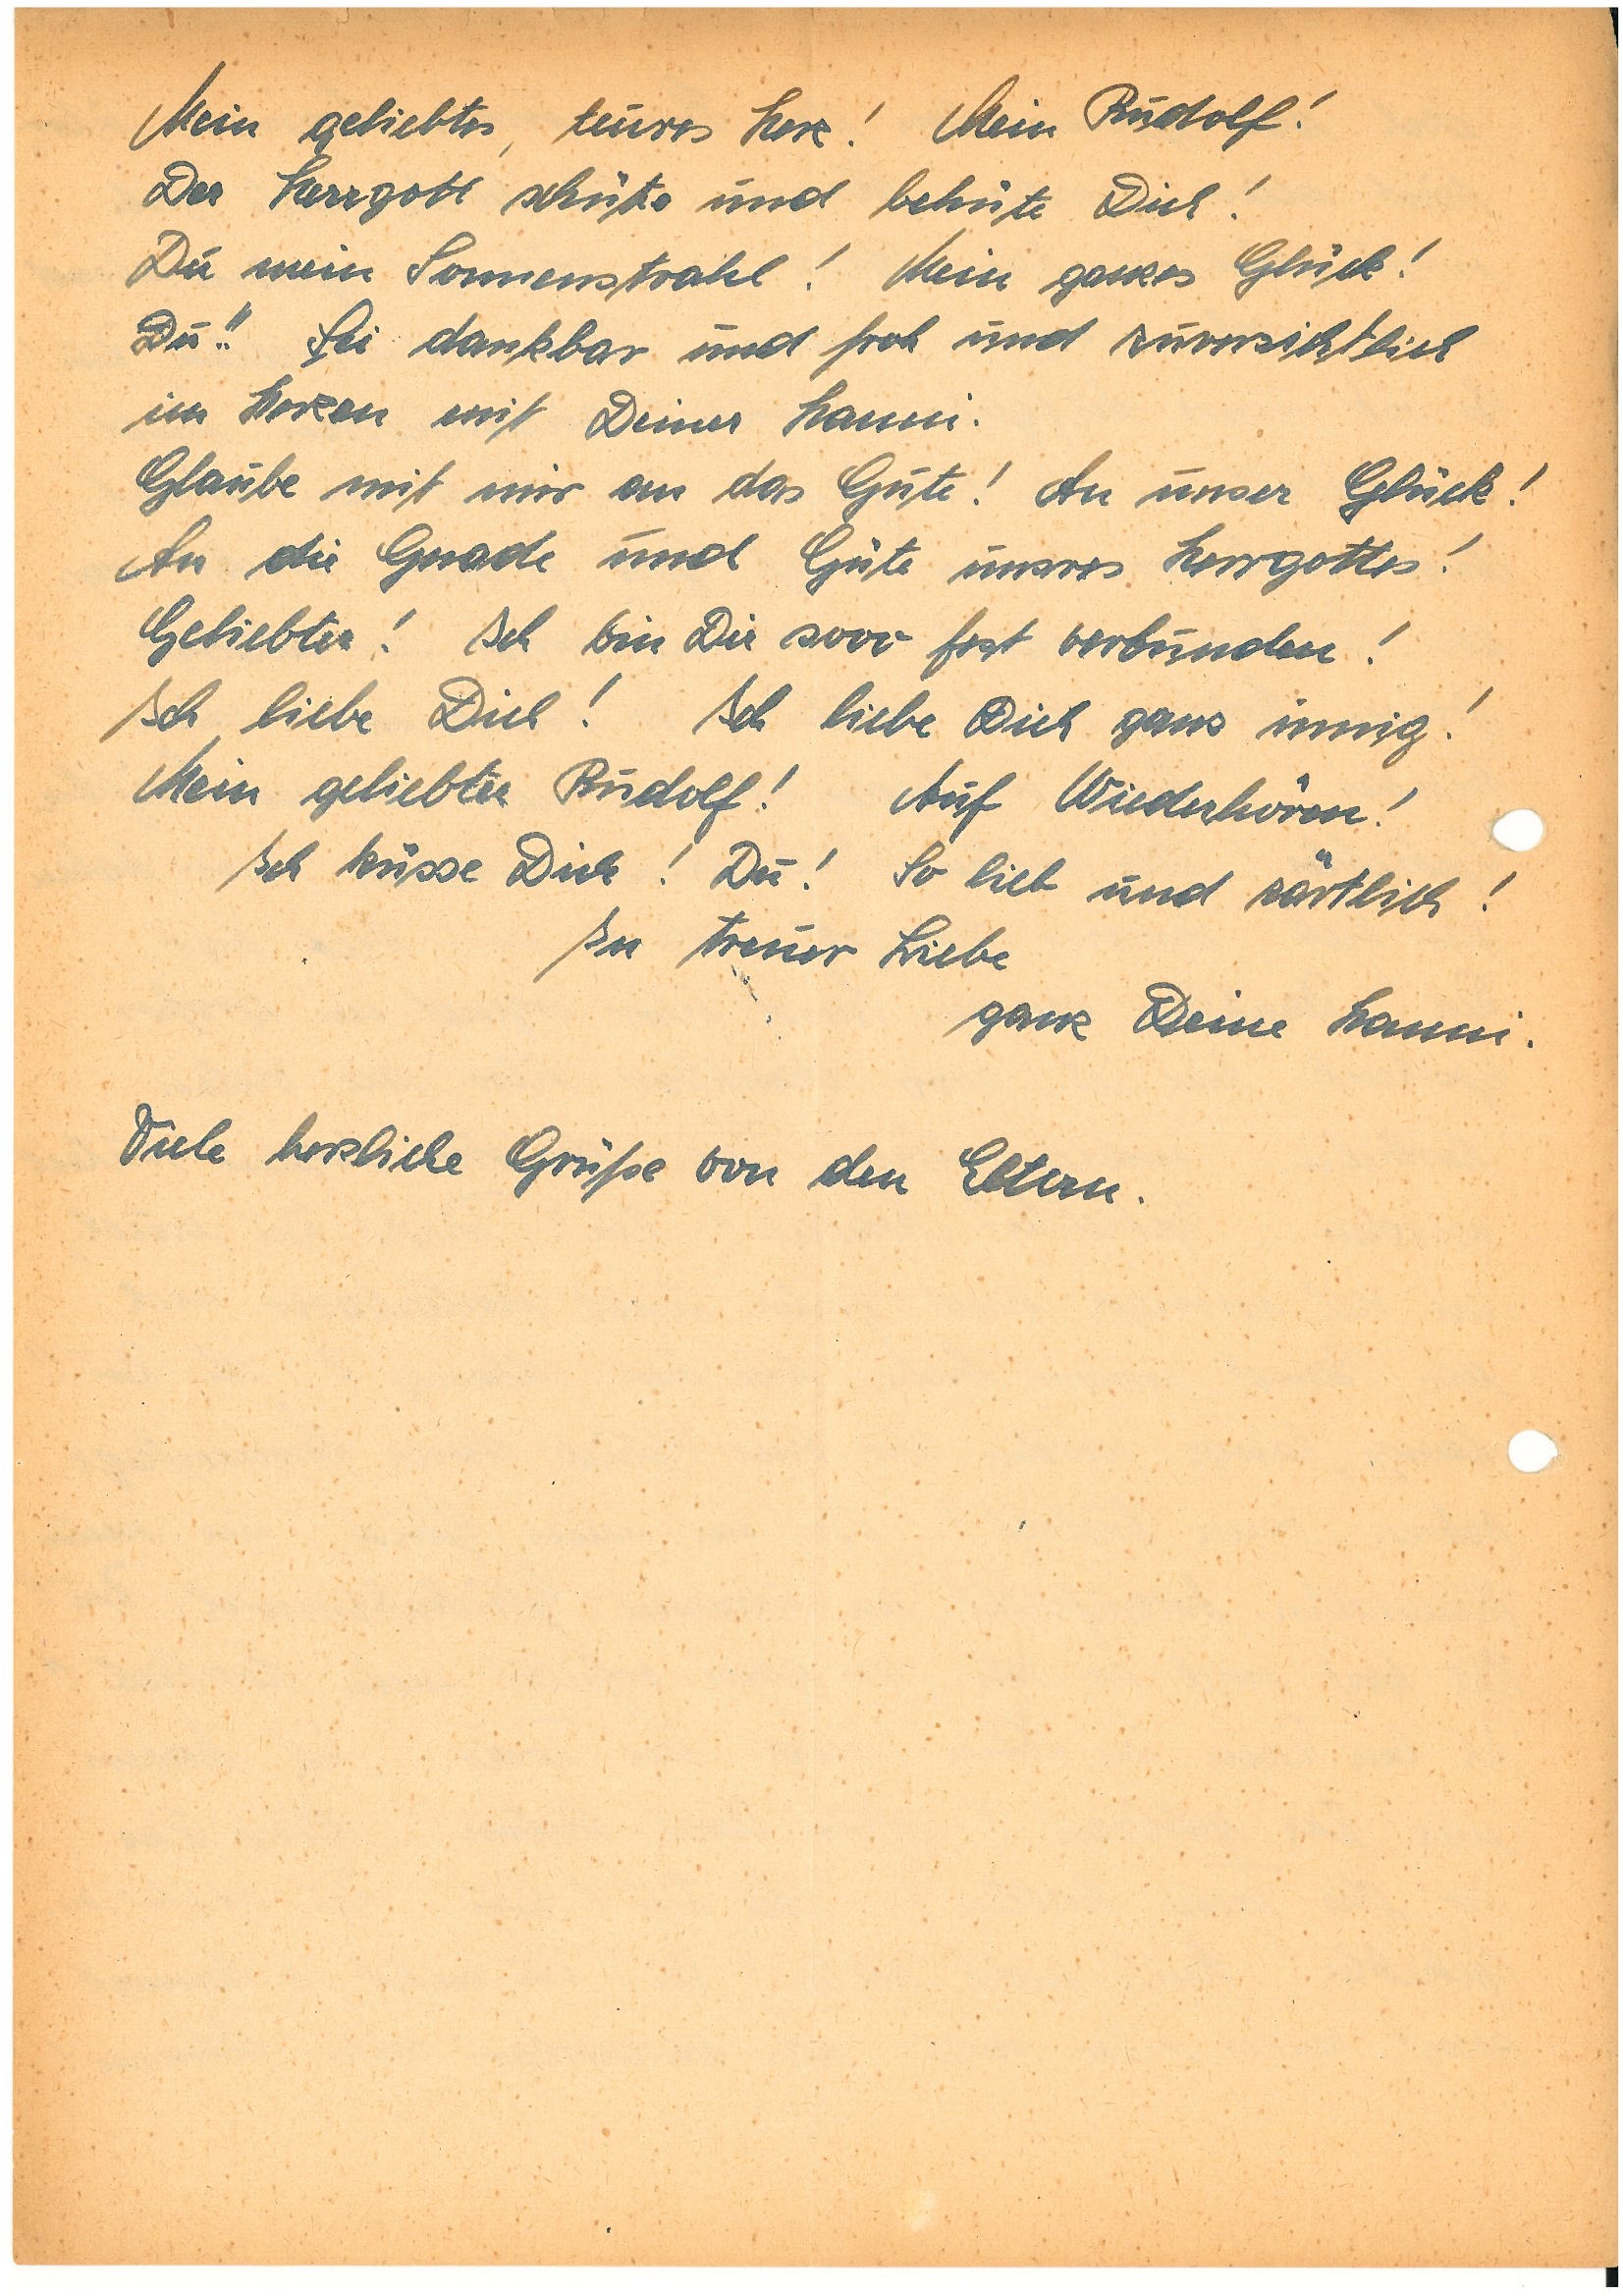
Mein geliebtes, teures Herz! Mein !
Der Herrgott schütze und behüte Dich!
Du mein Sonnenstrahl! Mein ganzes Glück!
Du!! Sei dankbar und froh und zuversichtlich
im Herzen mit Deiner .
Glaube mit mir an das Gute! An unser Glück!
An die Gnade und Güte unsres Herrgottes!
Geliebter! Ich bin Dir sooo fest verbunden!
Ich liebe Dich! Ich liebe Dich ganz innig!
Mein geliebter ! Auf Wiederhören!
Ich küsse Dich! Du! So lieb und zärtlich!
In treuer Liebe
ganz Deine .
Viele herzliche Grüße von den Eltern.